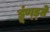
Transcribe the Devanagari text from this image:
डूंण्ड्ते